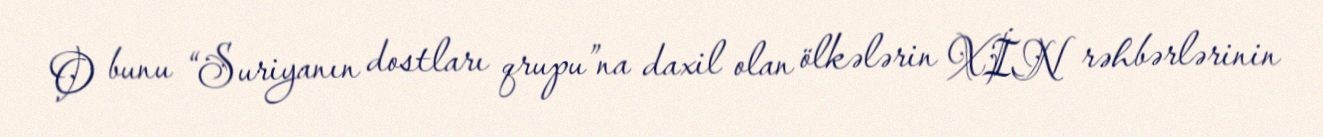
O bunu “Suriyanın dostları qrupu”na daxil olan ölkələrin XİN rəhbərlərinin